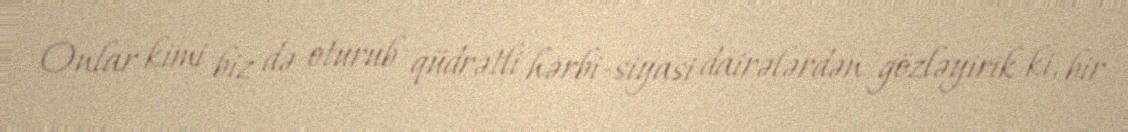
Onlar kimi biz də oturub qüdrətli hərbi-siyasi dairələrdən gözləyirik ki, bir